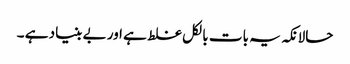
حالانکہ یہ بات بالکل غلط ہے اور بے بنیاد ہے ۔